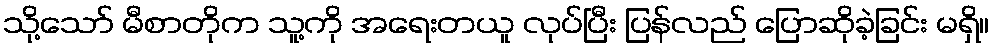
သို့သော် မီစာတိုက သူ့ကို အရေးတယူ လုပ်ပြီး ပြန်လည် ပြောဆိုခဲ့ခြင်း မရှိ။